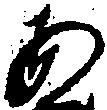
あ